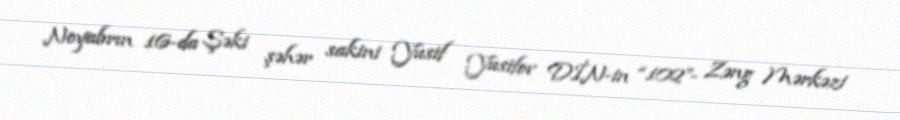
Noyabrın 16-da Şəki şəhər sakini Yusif Yusifov DİN-in “102”- Zəng Mərkəzi